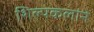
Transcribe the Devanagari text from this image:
शिल्पकलांने